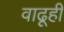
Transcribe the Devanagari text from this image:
वाढूही